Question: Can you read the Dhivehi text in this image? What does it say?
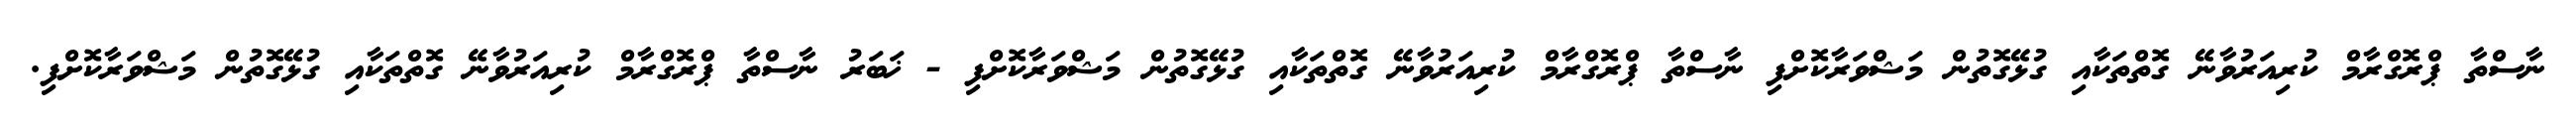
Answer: ނާސްތާ ޕްރޮގްރާމް ކުރިއަރުވާނޭ ގޮތްތަކާއި ގުޅޭގޮތުން މަޝްވަރާކޮށްފި ނާސްތާ ޕްރޮގްރާމް ކުރިއަރުވާނޭ ގޮތްތަކާއި ގުޅޭގޮތުން މަޝްވަރާކޮށްފި - ޚަބަރު ނާސްތާ ޕްރޮގްރާމް ކުރިއަރުވާނޭ ގޮތްތަކާއި ގުޅޭގޮތުން މަޝްވަރާކޮށްފި.